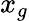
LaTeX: x_{g}